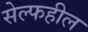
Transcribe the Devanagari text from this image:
सेल्फहील